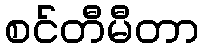
စင်တီမီတာ